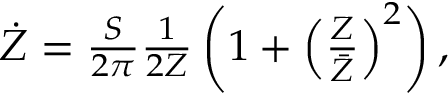
\begin{array} { r } { \dot { Z } = \frac { S } { 2 \pi } \frac { 1 } { 2 Z } \left( 1 + \left( \frac { Z } { \bar { Z } } \right) ^ { 2 } \right) , } \end{array}